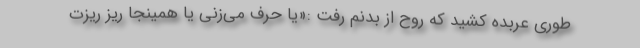
طوری عربده کشید که روح از بدنم رفت :«یا حرف می‌زنی یا همینجا ریز ریزت